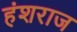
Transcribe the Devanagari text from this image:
हंशराज